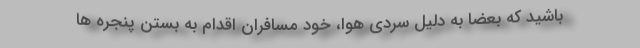
باشید که بعضا به دلیل سردی هوا، خود مسافران اقدام به بستن پنجره ها